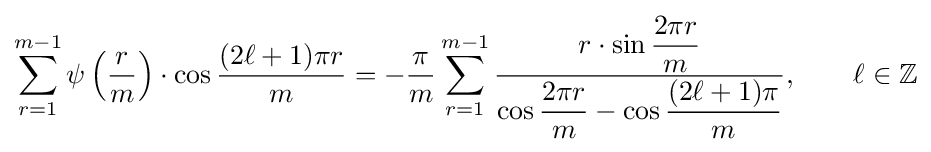
\sum _{r=1}^{m-1}\psi \left({\frac {r}{m}}\right)\cdot \cos {\dfrac {(2\ell +1)\pi r}{m}}=-{\frac {\pi }{m}}\sum _{r=1}^{m-1}{\frac {r\cdot \sin {\dfrac {2\pi r}{m}}}{\cos {\dfrac {2\pi r}{m}}-\cos {\dfrac {(2\ell +1)\pi }{m}}}},\qquad \ell \in \mathbb {Z}